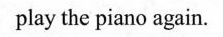
play the piano again.